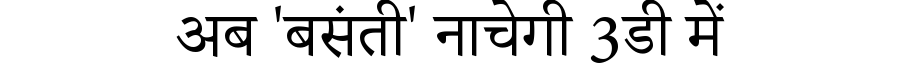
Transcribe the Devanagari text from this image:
अब '‏‏बसंती' नाचेगी 3डी में